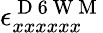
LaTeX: \epsilon_{xxxxxx}^{\mathrm{~D~6~W~M~}}